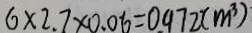
6 \times 2 . 7 \times 0 . 0 6 = 0 . 9 7 2 ( m ^ { 3 } )